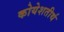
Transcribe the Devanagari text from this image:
कोयेशतीर्थ